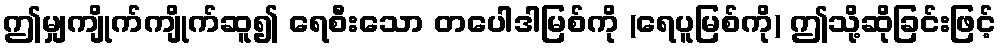
ဤမျှကျိုက်ကျိုက်ဆူ၍ ရေစီးသော တပေါဒါမြစ်ကို (ရေပူမြစ်ကို) ဤသို့ဆိုခြင်းဖြင့်